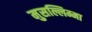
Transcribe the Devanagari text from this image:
मुसल्लिम्मा